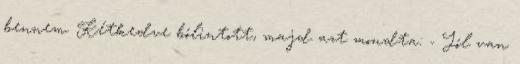
bennem. Kétkedve bólintott, majd azt mondta: - Jól van